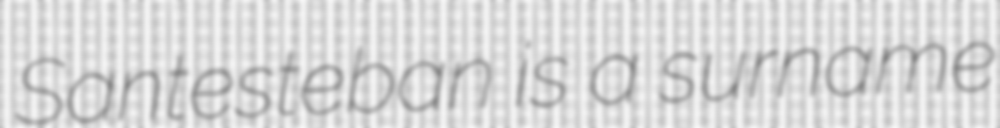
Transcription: Santesteban is a surname